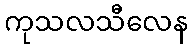
ကုသလသီလေန